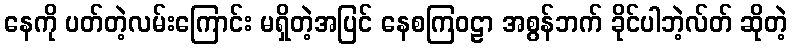
နေကို ပတ်တဲ့လမ်းကြောင်း မရှိတဲ့အပြင် နေစကြဝဠာ အစွန်ဘက် ခိုင်ပါဘဲ့လ်တ် ဆိုတဲ့